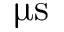
\upmu \mathrm { s }